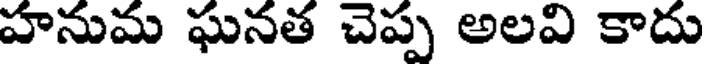
హనుమ ఘనత చెప్ప అలవి కాదు